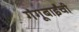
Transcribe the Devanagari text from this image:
गंगूबाईंची